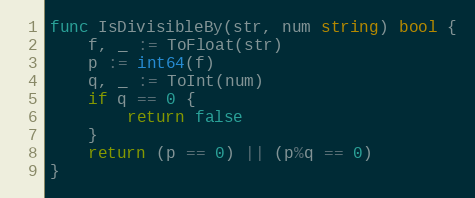
Language: Go
func IsDivisibleBy(str, num string) bool {
	f, _ := ToFloat(str)
	p := int64(f)
	q, _ := ToInt(num)
	if q == 0 {
		return false
	}
	return (p == 0) || (p%q == 0)
}